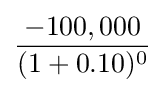
{\frac {-100,000}{(1+0.10)^{0}}}